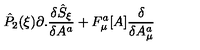
{ \hat { P } } _ { 2 } ( \xi ) \partial . \frac { \delta { \hat { S } } _ { \xi } } { \delta A ^ { a } } + F _ { \mu } ^ { a } [ A ] \frac { \delta } { \delta A _ { \mu } ^ { a } }